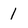
Character: 1